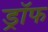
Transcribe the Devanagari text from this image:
ड्रॉफ